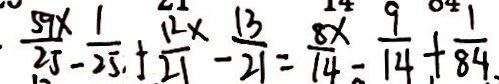
\frac { 5 9 x } { 2 5 } - \frac { 1 } { 2 5 } + \frac { 1 2 x } { 2 1 } - \frac { 1 3 } { 2 1 } = \frac { 8 x } { 1 4 } - \frac { 9 } { 1 4 } + \frac { 1 } { 8 4 }